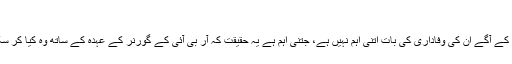
‘
لیکن اس کے آگے ان کی وفاداری کی بات اتنی اہم نہیں ہے، جتنی اہم ہے یہ حقیقت کہ آر بی آئی کے گورنر کے عہدہ کے ساتھ وہ کیا کر سکتے ہیں۔